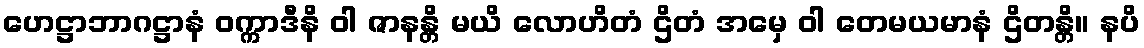
ဟေဋ္ဌာဘာဂဋ္ဌာနံ ဝက္ကာဒီနိ ဝါ ဇာနန္တိ မယိ လောဟိတံ ဌိတံ အမှေ ဝါ တေမယမာနံ ဌိတန္တိ။ နပိ